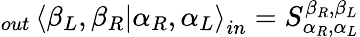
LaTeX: _{out}\left\langle\beta_{L},\beta_{R}\right.\left|\alpha_{R},\alpha_{L}\right\rangle_{in}=S_{\alpha_{R},\alpha_{L}}^{\beta_{R},\beta_{L}}